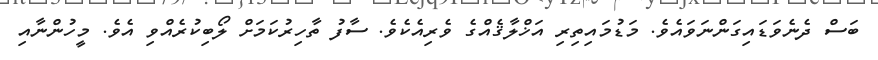
ބަސް ދެނެވަޑައިގަންނަވައެވެ. މަޑުމައިތިރި އަޚްލާޤެއްގެ ވެރިއެކެވެ. ސާފު ތާހިރުކަމަށް ލޯބިކުރެއްވި އެވެ. މީހުންނާއި